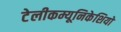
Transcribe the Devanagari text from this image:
टेलीकम्यूनिकेशियो